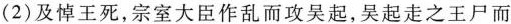
（2）及悼王死，宗室大臣作乱而攻吴起，吴起走之王尸而